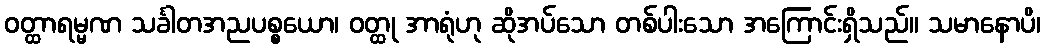
ဝတ္ထာရမ္မဏ သင်္ခါတအညပစ္စယော၊ ဝတ္ထု အာရုံဟု ဆိုအပ်သော တစ်ပါးသော အကြောင်းရှိသည်။ သမာနောပိ၊